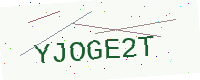
Text: YJOGE2T